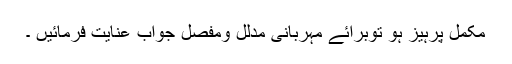
مکمل پرہیز ہو توبرائے مہربانی مدلل ومفصل جواب عنایت فرمائیں ۔